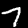
Digit: 7